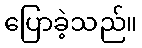
ပြောခဲ့သည်။